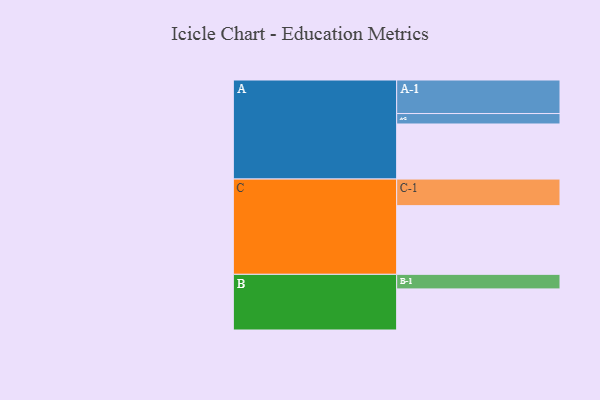
{"axis": {"x": "Segment", "y": "Value"}, "legend": ["", "A", "B", "C"], "data": [{"x": "A", "y": 453, "type": ""}, {"x": "B", "y": 338, "type": ""}, {"x": "C", "y": 565, "type": ""}, {"x": "A-1", "y": 276, "type": "A"}, {"x": "A-2", "y": 86, "type": "A"}, {"x": "B-1", "y": 120, "type": "B"}, {"x": "C-1", "y": 219, "type": "C"}]}